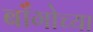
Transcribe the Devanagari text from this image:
बाँगोच्या